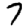
Digit: 7